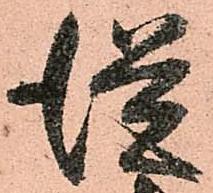
従